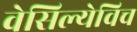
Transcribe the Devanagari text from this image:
वेसिल्येविच